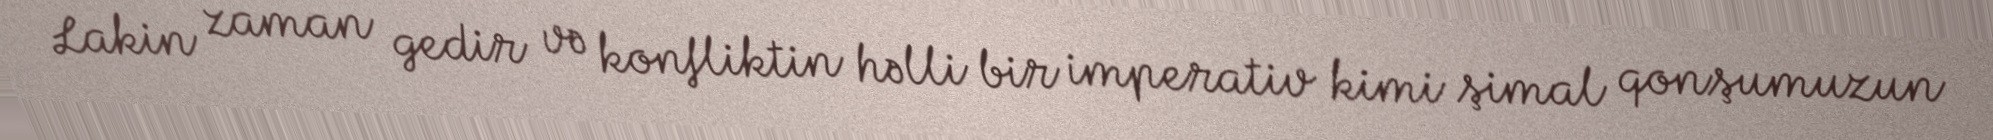
Lakin zaman gedir və konfliktin həlli bir imperativ kimi şimal qonşumuzun